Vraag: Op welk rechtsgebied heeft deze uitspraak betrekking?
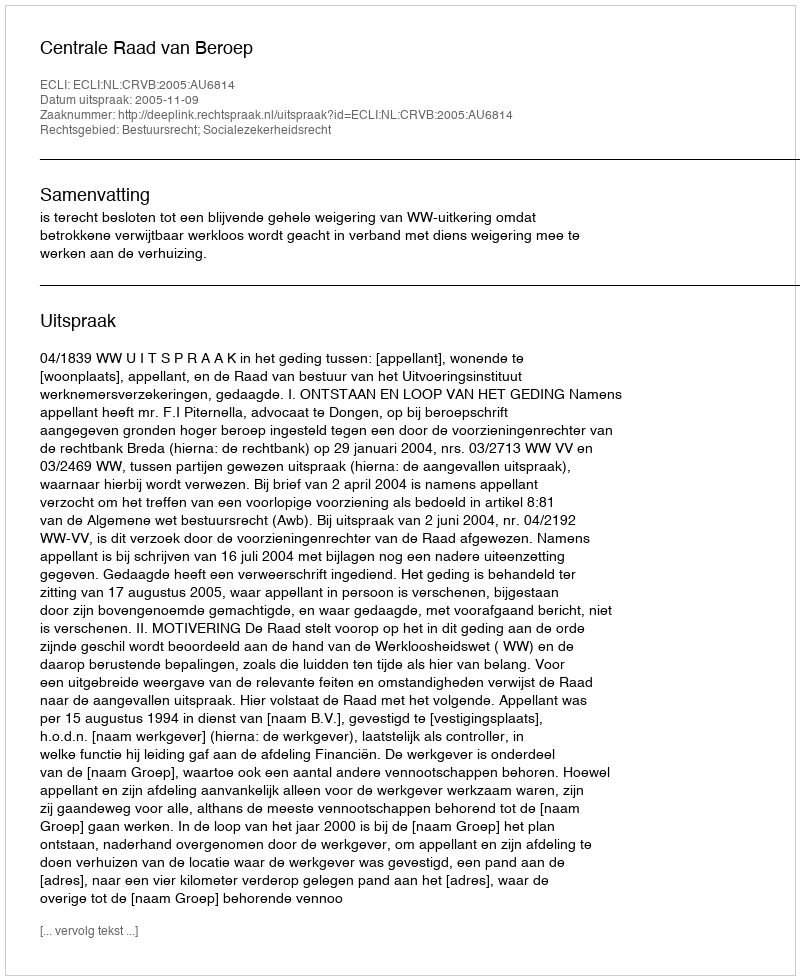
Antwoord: Bestuursrecht; Socialezekerheidsrecht